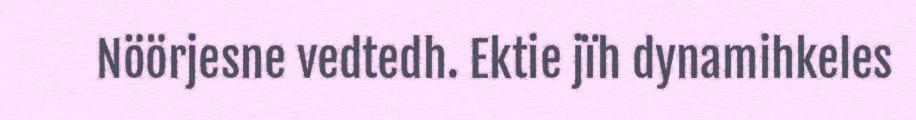
Nöörjesne vedtedh. Ektie jïh dynamihkeles